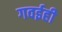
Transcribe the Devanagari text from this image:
गवईही